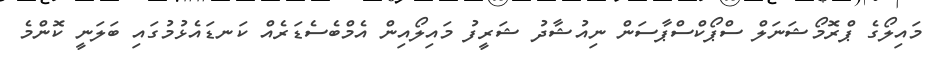
މައިލޯގެ ޕްރޮމޯޝަނަލް ސްޕޯކްސްޕާސަން ނިއުޝާދު ޝަރީފު މައިލޯއިން އެމްބެސެޑަރެއް ކަނޑައެޅުމުގައި ބަލަނީ ކޮންމެ